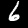
Label: 6